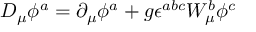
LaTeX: D _ { \mu } \phi ^ { a } = \partial _ { \mu } \phi ^ { a } + g \epsilon ^ { a b c } W _ { \mu } ^ { b } \phi ^ { c }